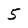
Character: 5